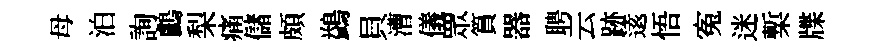
母泊詢鸕梨痛儲頗鷁貝漕儀眾篔器聘云跡逺悟寃迷槧牒